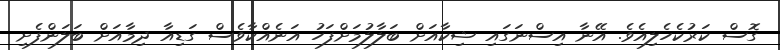
ގޮސް ކަރުކެހެލިއެވެ. އޭނާ އިސްނަގައި ޝިކާއަށް ބަލާލުމަށްފަހު އަނެއްކާވެސް ގަޑިއާ ދިމާއަށް ބަލަންފެށި